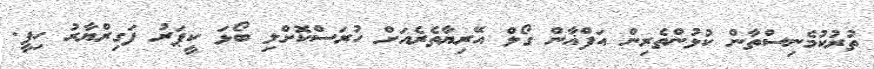
ތުރުކުމެނިސްތާން ކުޅުންތެރިން އަފްޣާން ގޯލް އޭރިޔާތެރެއަށް ހުރަސްކޮށްލި ބޯޅަ ކީޕަރު ފަގިރްޔާރު ހިފީ.